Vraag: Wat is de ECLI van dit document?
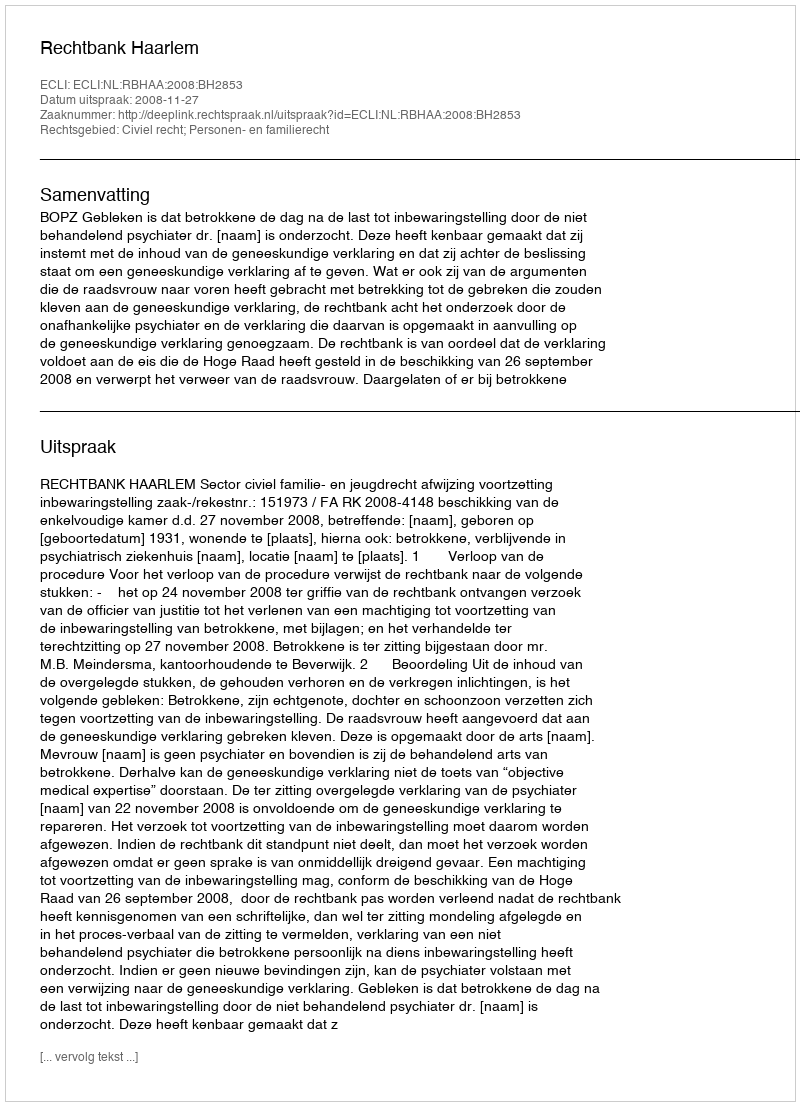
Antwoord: ECLI:NL:RBHAA:2008:BH2853